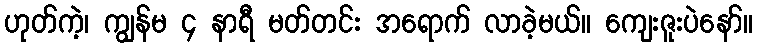
ဟုတ်ကဲ့၊ ကျွန်မ ၄ နာရီ မတ်တင်း အရောက် လာခဲ့မယ်။ ကျေးဇူးပဲနော်။